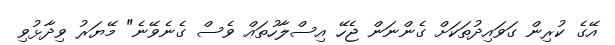
އޭގެ ކުރިން ގަވައިދުތަކަށް ގެންނަން ޖެހޭ އިސްލާހުތައް ވެސް ގެނެވޭނެ" މޭޔަރު ވިދާޅުވި